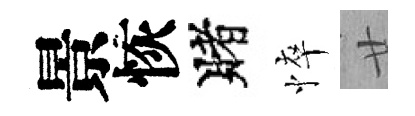
景恢賭悴廿